Lunatic asylums Madras 1892-1911 - 1892-1911
Year: 1892
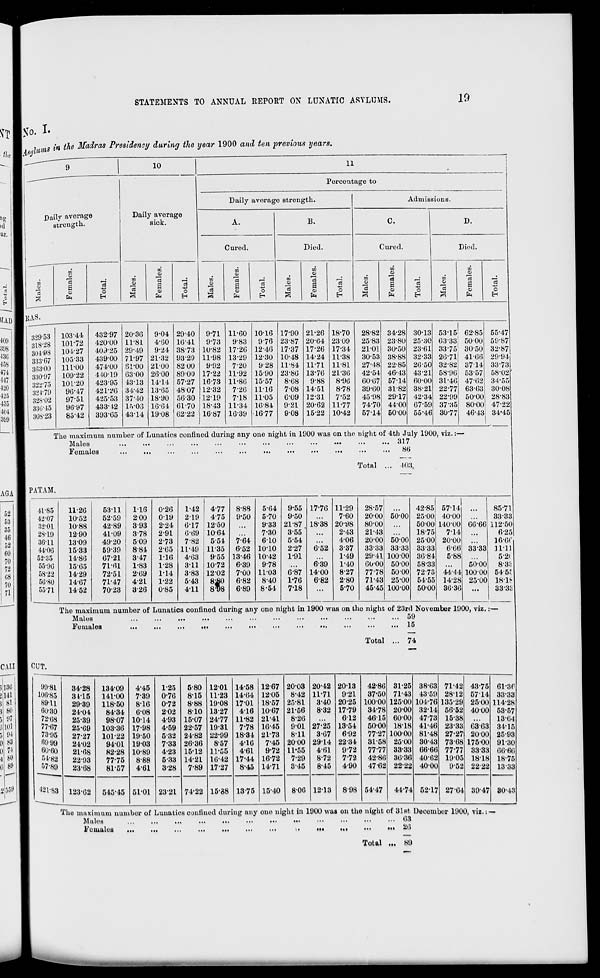
STATEMENTS TO ANNUAL REPORT ON LUNATIC ASYLUMS.
19
s in the Madras Presidency during the year 1900 and ten previous years.
10
11
Daily average
strength.
o
S
CD
fa
o
Daily average
sick.
Percentage to
Daily average strength.
01
i—■
o>
a
S
0)
fa
A.
Cured.
o
H
to
0)
"3
0>
3
s
01
fa
cS
o
B.
Died.
co
0)
CO
CD
"cS
a
01
fa
o
E-i
Admissions.
C.
Cured.
CO
3
k-H
r=3
CO
co
CD
fa
D.
Died.
o
EH
CO
CD
"3
CO
s
CD
fa
o
EH
HAS.
329-53
103 44
318-28
10172
304-W8
104-27
333-07
10533
863-00
111-00
330-97
10922
32275
101-20
324-79
90-47
328-02
97-51
836*45
90-97
308-23
8542
432-97 20-30
9-04 29-40
9-71 11-60 10-16 17-90 21-26 18-70
28-82 34-28 30-13 53-15 62-85
420-00 11-81
4-00 16-41
9-73
9-83
976 23-87 20-64 2309
25-83 23-80 25-30 6333 50-00
409-25 29-49
9-24 38-73 1082 17-26 12-46 17-37 17-26 17-34
21-01 30-50 23-61 33-75 30-50
43900 71-97 21-32 93-29 11-98 13-29 12-30 10-48 14-24 11-38
30-53 38-88 32-33 26-71 41-66
474-00 81*00 2100 8200
9-92
7-20
9-28 11-84 11-71 11-81
27-48 22-85 26-50 32-82 3714
410-10 03-00 2600 89-00 1722 11-92 15-90 23-80 13-76 2130
42-54 46-43 43-21 58-96 53-57
423-95 4313 14-14 57-27 16-73 11-86 15-57
8-68
9-88
8-90
00-67 57-14 60-00 31-46 47-62
421-20 34-42 13-65 48-07 12-32
7-26 11-16
7-08 14-51
8-78
39-60 3182 38-21 22-77 63-63
425-53 37-40 18-90 56-30 12-19
7-18 11-05
6-09 12-31
7-52
45-98 29-17 42-34 22-99 50-00
433-12 1-V03 16-64 61-70 18-43 11-34 16-84
9-21 20-62 11-77
74-70 44-00 67-59 3735 80-00 1
393-05 43-14 19-08 62-22 16-87 1639 1677
908 15-22 10-42
57-14 5000 55-46 30-77 46-431
55-47
59-87
32-87
29-94
3373
58-02
34-55
30-08
28-83
47-22
34-45
The maximum number of Lunatics confined during any one night in 1900 was on the night of 4th July 1900, viz. :-
Males
...
...
...
...
...
•••
...
•••
■••
•••
•••
••• 317
Females
...
...
...
...
...
...
...
•••
•••
...
•••
•••
86
Total
403.
PATAM.
11-85
11-26
42-07
10-52
32-01
10-88
28*19
12-90
36-11
13-09
44-00
15-33
52-35
14-86
55-90
15-65
58-22
14-29
50-80
14-67
55-71
14-52
68*11
116
0-26
1-42
4-77
8-88
5-64
9-55 17-76 11-29
28-57
42-85 57-14
1
52-59
2-00
019
2-19
4-75
9*50
5-70
9-50
7-60
2000 50-00 25-00 40-00
42-89
3-93
2-24
6-17 12-50
933 21-87 18-38 20-98
80-00
5000 140-00 00-66
41-09
3-78
291
6-69 1064
7-30
355
2-43
21-43
18-75
7-14
49-20
5-09
273
7-82
5-54
7-64
610
5-54
406
20-00 5000 25-00 20-00
59-39
8-84
205 11*49 11-35
6-52 10-10
2-27
652
3-37
33-33 33-33 3333
6*66 33-33
6721
3-47
1*16 4-63 9-55 13-46 10-42 1-91
1-49
29-41. 10000 36-84
5-88
71-61
1*83
1-28
3-11 10-72
6-39
9-78
6-39
1-40
6000 5000 58-33
5000
72-51
2-69
1-14
3-83 1202
7-00 11-03
6-87 14-00
8-27
77-78 50-00 7273 44-44 100-00
71-47
4-21
1-22
5-43
8£0
8-P8
6-82
8-40
1*76
6-82
2-80
71-43 25-00 5455 14-28 25-00
70-23
3-26
0-85
411
6-89 8-54
7*18
...
5-70
45-45 100-00 50-00 3030
85-71
33-33
112-50
6-25
16-0C
ll-ll
5-2(
8-3':
54-5. e
18-1!-
33-3'i
The maximum number of Lunatics confined during any one night in 1900 was on the night of 23rd November 1900, viz.
Males
...
...
...
...
... 59
Females
...
...
...
...
...
...
...
...
...
■•■
...
... 15
Total
74
CUT.
130
99-81
34-28
134-09
4-45
1-25
5-80 1201 14-58 12-67 2003 20-42 2013
42-86 31-25 38-63 7142 43-75 61*86
141
100-85
3115
141-00
7-39
0-76
8-15 11-23 14-64 1205
8-42 11-71
9-21
37-50 7143 43-59 28-12 57-14 33-33
81
89-11
29-39
118-50
8-16
0-72
8-88 19-08 1701 18-57 25-81
3-40 20-25 10000 125-00 104-76 135-29 25-00 114-28
80
60-30
24-04
84-34
6-08
202
8-10 13-27
416 10-67 21-56
8-32 1779
34-78 2000 3214 56-52 40-00 53-57
91
72*68
25-39
98-07 1014
4-93 15-07 24-77 11-82 2141
8-26
612
4615 60-00 47-73 15-38
13-04
101
77-07
25-69
103-36 17-98
4-59 22-57 19-31
7-78 16-45
901 2725 13-54
50-00 18-18 41-46 23-33 03-63 3415
i>4
73-95
27-27
101-22 19-50
5-32 24-82 22-99 18-34 21-73
8-11
3-67
6-92
77-27 10000 81-48 27-27 2000 25-93
Sii
6999
24-02
94-01 1903
733 26-36
8-57
4-16
7-45 2000 29-14 22-34
31-58 25-00 30-43 73-68 175-00 91-30
74
60-60
21-68
82-28 10-89
4-23 15-12 11-55
4-61
9-72 11*55
461
9-72
77-77 33-33 66-66 77-77 33-33 68*66
M»
51-82
22-93
77-75
8-88
5-33 14-21 16-42 17-44 16-72
7-29
8-72
7-72
42-86 3636 40-62 1905 18-18 18-75
80
569
57*89
421-83
23-68
81-57
4-61
3-28
7-89 17-27
8-45 14-71
3-45
8-45
4-90
47-62 22*22 40-00
952 2222
39-47
1333
123-62
545-45 51-01 23-21 74-22 15-38 13-75 15-40
8-06 1213
8-98 54-47
4-1-74 52-17 2704
80-43
'ho muxi nnm num bor of junatic s confined duriug any ouo nig flit in 1900 was on the night of 31st December 1900, viz.: —
Ma OS
■
...
...
...
63
Foi ualos
..
.
'.•
•••
Ml
20
Total ... 89